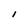
Character: I